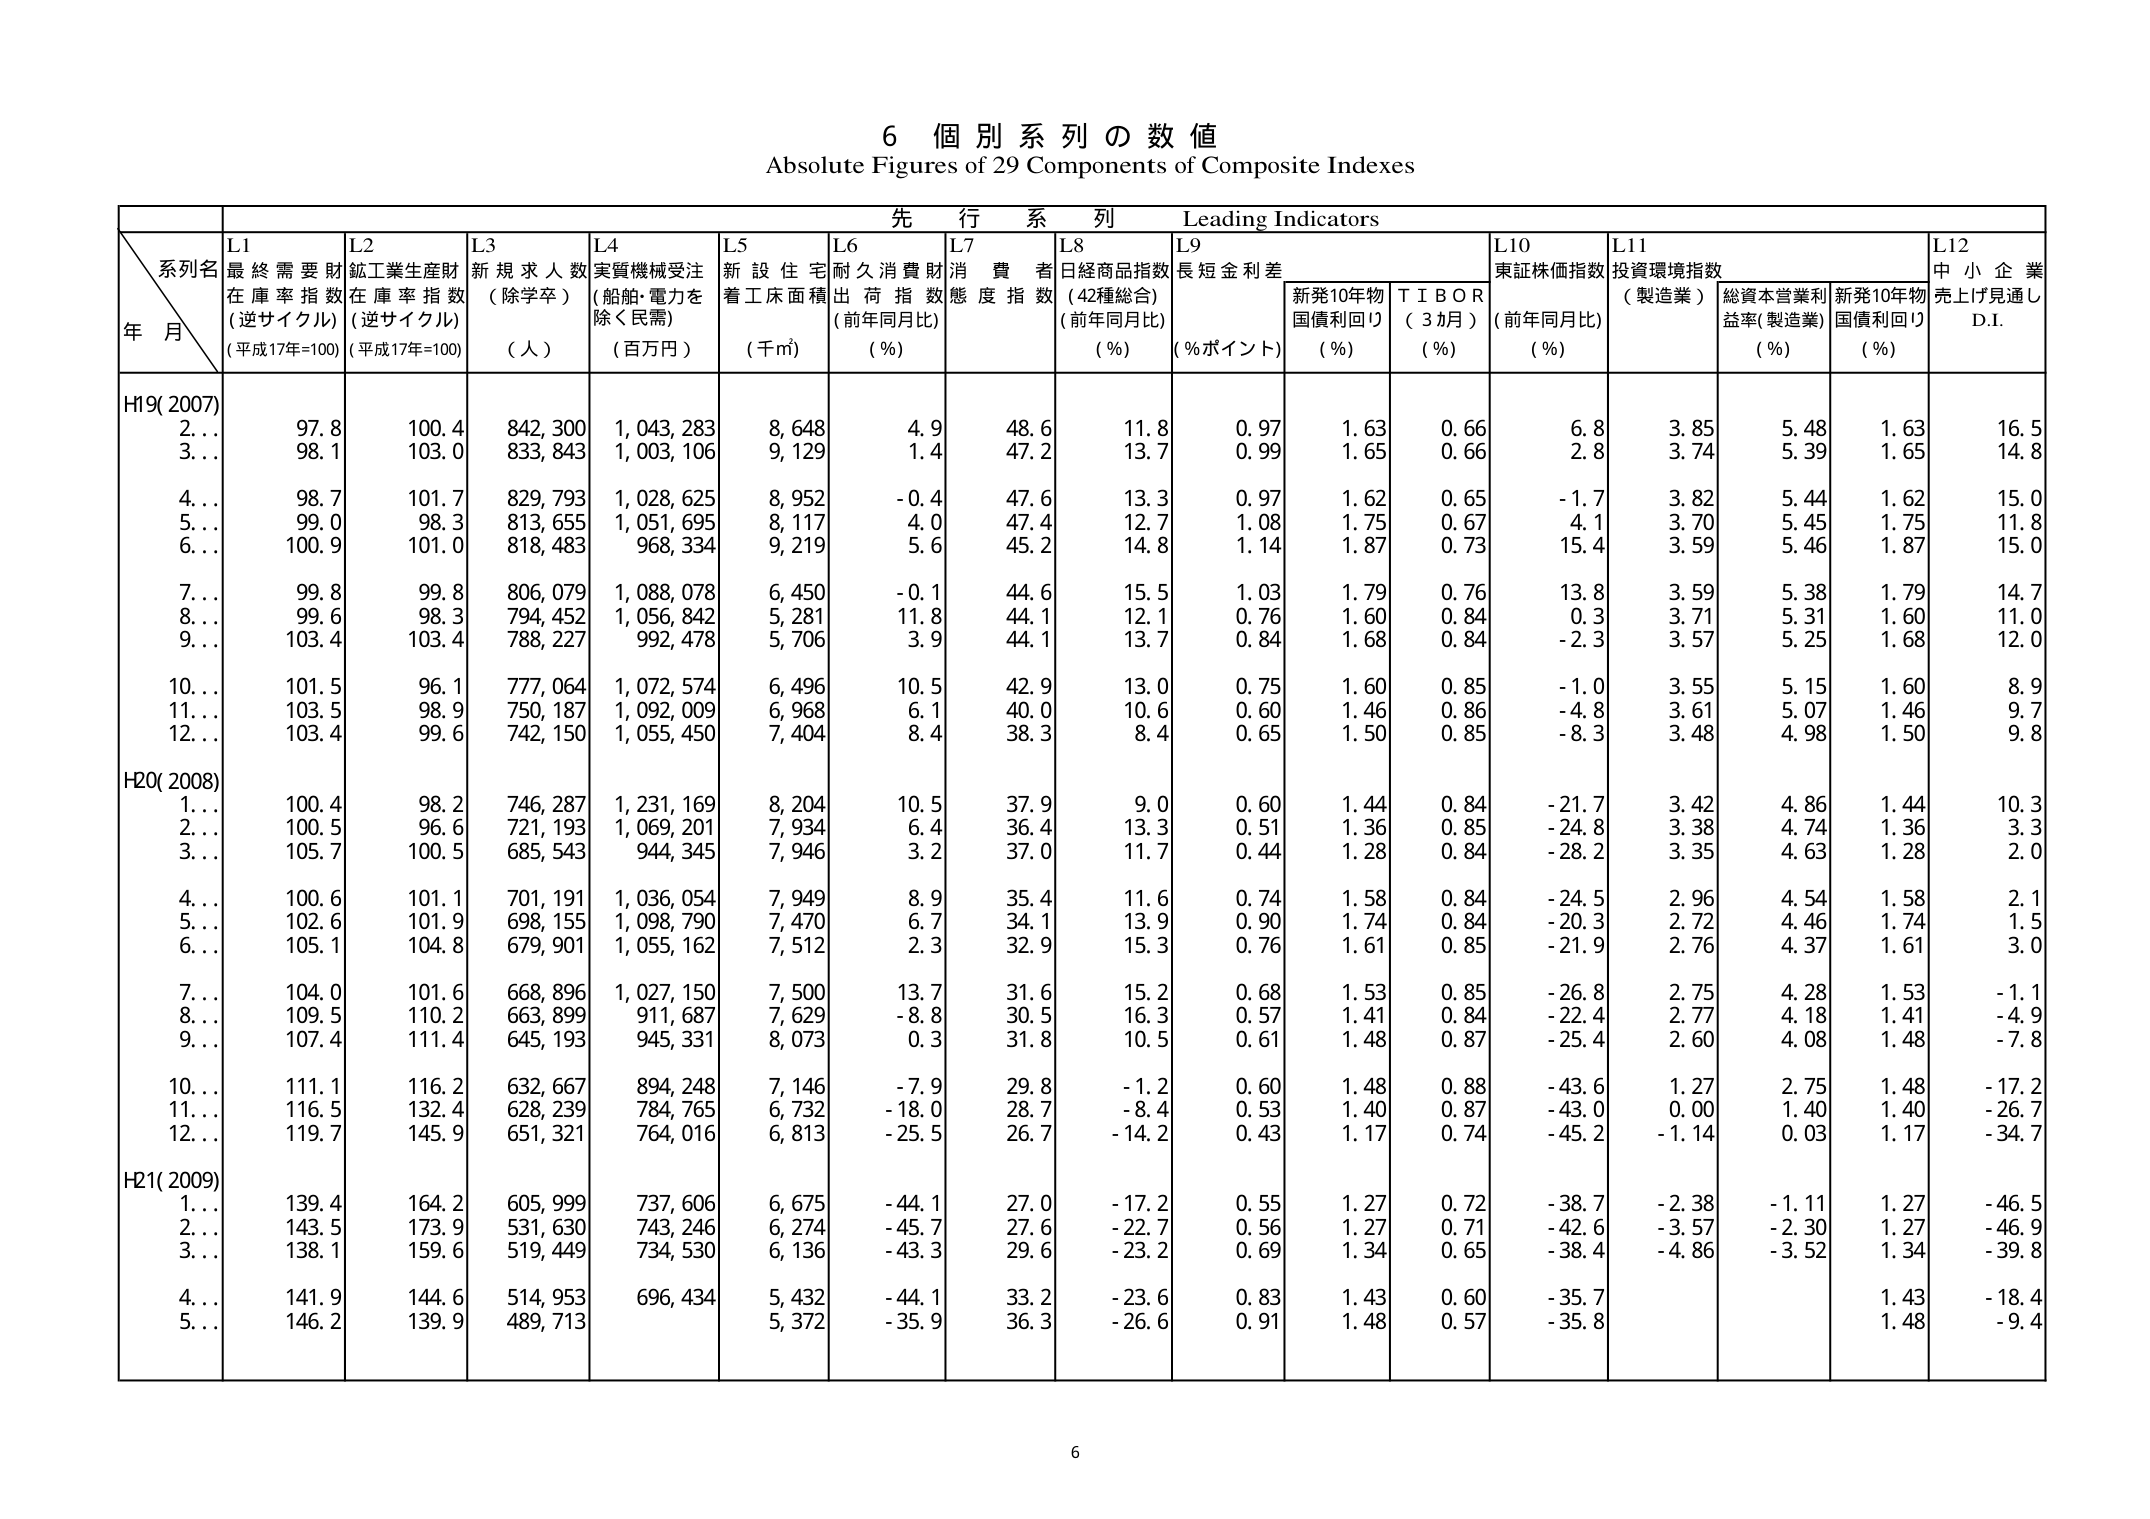
6 個 別 系 列 の 数 値
Absolute Figures of 29 Components of Composite Indexes

先 行 系 列 Leading Indicators

系列名
年 月

L1 最終需要財在庫率指数 (逆サイクル) (平成17年=100)
L2 鉱工業生産財在庫率指数 (逆サイクル) (平成17年=100)
L3 新規求人数 (除学卒) (人)
L4 実質機械受注 (船舶・電力を除く民需) (百万円)
L5 新設住宅着工床面積 (千㎡)
L6 耐久消費財出荷指数 (前年同月比) (%)
L7 消費者態度指数
L8 日経商品指数 (42種総合) (前年同月比) (%)
L9 長短金利差 (%ポイント)
L10 東証株価指数 (前年同月比) (%)
L11 投資環境指数 (製造業)
L12 中小企業売上げ見通し D.I.

新発10年物国債利回り (%)
T I B O R (3ヵ月) (%)
総資本営業利益率(製造業) (%)
新発10年物国債利回り (%)

H19(2007)
2... 97.8 100.4 842,300 1,043,283 8,648 4.9 48.6 11.8 0.97 1.63 0.66 6.8 3.85 5.48 1.63 16.5
3... 98.1 103.0 833,843 1,003,106 9,129 1.4 47.2 13.7 0.99 1.65 0.66 2.8 3.74 5.39 1.65 14.8
4... 98.7 101.7 829,793 1,028,625 8,952 -0.4 47.6 13.3 0.97 1.62 0.65 -1.7 3.82 5.44 1.62 15.0
5... 99.0 98.3 813,655 1,051,695 8,117 4.0 47.4 12.7 1.08 1.75 0.67 4.1 3.70 5.45 1.75 11.8
6... 100.9 101.0 818,483 968,334 9,219 5.6 45.2 14.8 1.14 1.87 0.73 15.4 3.59 5.46 1.87 15.0
7... 99.8 99.8 806,079 1,088,078 6,450 -0.1 44.6 15.5 1.03 1.79 0.76 13.8 3.59 5.38 1.79 14.7
8... 99.6 98.3 794,452 1,056,842 5,281 11.8 44.1 12.1 0.76 1.60 0.84 0.3 3.71 5.31 1.60 11.0
9... 103.4 103.4 788,227 992,478 5,706 3.9 44.1 13.7 0.84 1.68 0.84 -2.3 3.57 5.25 1.68 12.0
10... 101.5 96.1 777,064 1,072,574 6,496 10.5 42.9 13.0 0.75 1.60 0.85 -1.0 3.55 5.15 1.60 8.9
11... 103.5 98.9 750,187 1,092,009 6,968 6.1 40.0 10.6 0.60 1.46 0.86 -4.8 3.61 5.07 1.46 9.7
12... 103.4 99.6 742,150 1,055,450 7,404 8.4 38.3 8.4 0.65 1.50 0.85 -8.3 3.48 4.98 1.50 9.8

H20(2008)
1... 100.4 98.2 746,287 1,231,169 8,204 10.5 37.9 9.0 0.60 1.44 0.84 -21.7 3.42 4.86 1.44 10.3
2... 100.5 96.6 721,193 1,069,201 7,934 6.4 36.4 13.3 0.51 1.36 0.85 -24.8 3.38 4.74 1.36 3.3
3... 105.7 100.5 685,543 944,345 7,946 3.2 37.0 11.7 0.44 1.28 0.84 -28.2 3.35 4.63 1.28 2.0
4... 100.6 101.1 701,191 1,036,054 7,949 8.9 35.4 11.6 0.74 1.58 0.84 -24.5 2.96 4.54 1.58 2.1
5... 102.6 101.9 698,155 1,098,790 7,470 6.7 34.1 13.9 0.90 1.74 0.84 -20.3 2.72 4.46 1.74 1.5
6... 105.1 104.8 679,901 1,055,162 7,512 2.3 32.9 15.3 0.76 1.61 0.85 -21.9 2.76 4.37 1.61 3.0
7... 104.0 101.6 668,896 1,027,150 7,500 13.7 31.6 15.2 0.68 1.53 0.85 -26.8 2.75 4.28 1.53 -1.1
8... 109.5 110.2 663,899 911,687 7,629 -8.8 30.5 16.3 0.57 1.41 0.84 -22.4 2.77 4.18 1.41 -4.9
9... 107.4 111.4 645,193 945,331 8,073 0.3 31.8 10.5 0.61 1.48 0.87 -25.4 2.60 4.08 1.48 -7.8
10... 111.1 116.2 632,667 894,248 7,146 -7.9 29.8 -1.2 0.60 1.48 0.88 -43.6 1.27 2.75 1.48 -17.2
11... 116.5 132.4 628,239 784,765 6,732 -18.0 28.7 -8.4 0.53 1.40 0.87 -43.0 0.00 1.40 1.40 -26.7
12... 119.7 145.9 651,321 764,016 6,813 -25.5 26.7 -14.2 0.43 1.17 0.74 -45.2 -1.14 0.03 1.17 -34.7

H21(2009)
1... 139.4 164.2 605,999 737,606 6,675 -44.1 27.0 -17.2 0.55 1.27 0.72 -38.7 -2.38 -1.11 1.27 -46.5
2... 143.5 173.9 531,630 743,246 6,274 -45.7 27.6 -22.7 0.56 1.27 0.71 -42.6 -3.57 -2.30 1.27 -46.9
3... 138.1 159.6 519,449 734,530 6,136 -43.3 29.6 -23.2 0.69 1.34 0.65 -38.4 -4.86 -3.52 1.34 -39.8
4... 141.9 144.6 514,953 696,434 5,432 -44.1 33.2 -23.6 0.83 1.43 0.60 -35.7 1.43 -18.4
5... 146.2 139.9 489,713 5,372 -35.9 36.3 -26.6 0.91 1.48 0.57 -35.8 1.48 -9.4

6